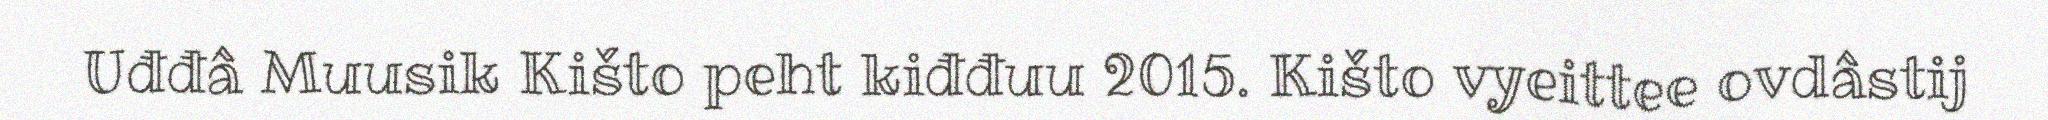
Uđđâ Muusik Kišto peht kiđđuu 2015. Kišto vyeittee ovdâstij